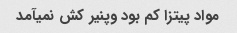
مواد پیتزا کم بود وپنیر کش نمیآمد